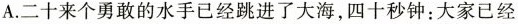
A.二十来个勇敢的水手已经跳进了大海，四十秒钟：大家已经